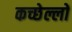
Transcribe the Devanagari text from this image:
कच्छेल्लों